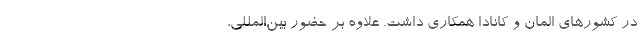
در کشورهای المان و کانادا همکاری داشت. علاوه‌ بر حضور بین‌المللی،